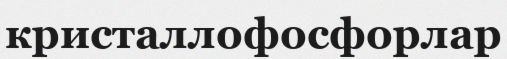
кристаллофосфорлар